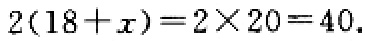
\(2(18 + x)=2\times20 = 40\).